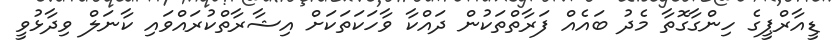
ޑީއާރްޕީގެ ހިންގާގޮތާ މެދު ބައެއް ފަރާތްތަކުން ދައްކާ ވާހަކަތަކަށް އިޝާރާތްކުރައްވައި ކާނަލް ވިދާޅުވީ